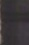
Skyddsmakterne öfver denna fristat, meddelat den-